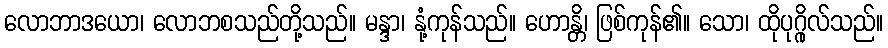
လောဘာဒယော၊ လောဘစသည်တို့သည်။ မန္ဒာ၊ နုံ့ကုန်သည်။ ဟောန္တိ၊ ဖြစ်ကုန်၏။ သော၊ ထိုပုဂ္ဂိုလ်သည်။